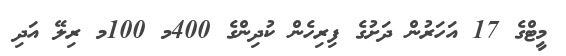
މީޓްގެ 17 އަހަރުން ދަށުގެ ފިރިހެން ކުދިންގެ 400މ 100މ ރިލޭ އަދި